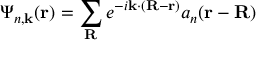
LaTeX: \Psi _ { n , \mathbf { k } } ( \mathbf { r } ) = \sum _ { \mathbf { R } } e ^ { - i \mathbf { k } \cdot ( \mathbf { R - r } ) } a _ { n } ( \mathbf { r - R } )